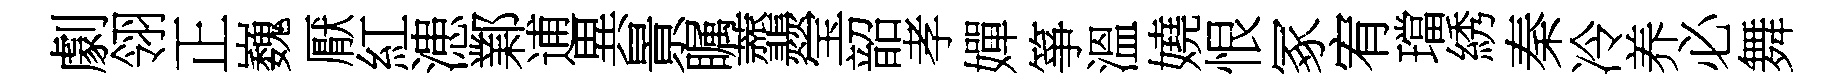
劇翎正巍厭紅漶鄴逋異㬌瞩虀瑩韶孝嬋箏溫嬈恨冢宥璫綉秦冷养必舞